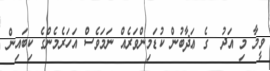
ވީމާ މި އަދު  ގެ ޢަޛާބުން ކުޑަމިންވަރެއް ނަމަވެސް އަހަރެމެންގެ ކިބައިން